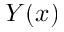
Y ( x )